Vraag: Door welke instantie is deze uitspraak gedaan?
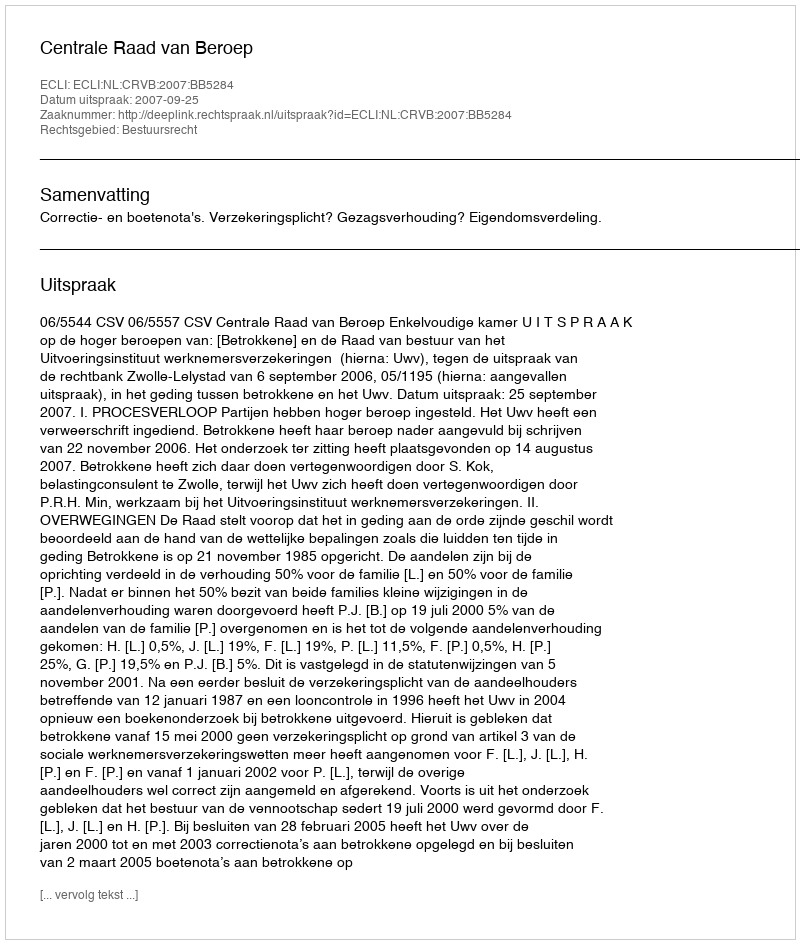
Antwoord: Centrale Raad van Beroep